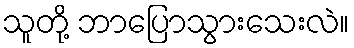
သူတို့ ဘာပြောသွားသေးလဲ။